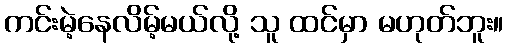
ကင်းမဲ့နေလိမ့်မယ်လို့ သူ ထင်မှာ မဟုတ်ဘူး။